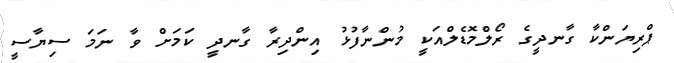
ޕްރިޔަންކާ ގާނދީގެ ރޯލްމޮޑެލްއަކީ މުންނާފުޅު އިންދިރާ ގާނދީ ކަމަށް ވާ ނަމަ ސިޔާސީ